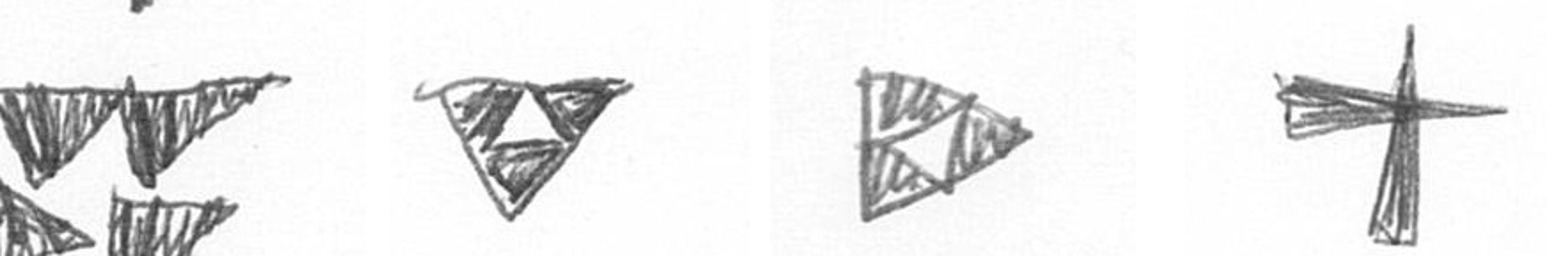
B S K G